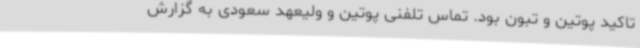
تاکید پوتین و تبون بود. تماس تلفنی پوتین و ولیعهد سعودی به گزارش